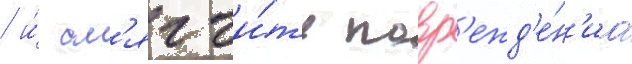
/ и́ см'ягчи́ть повр'ежд'е́н'иа